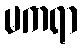
မကရာ